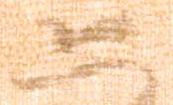
恐